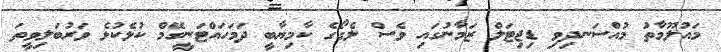
މައުލޫމާތު މުއްސަނދިވި ޑިޖިޓަލް ޒަމާނުގައި ވެސް ލެގޯގެ ކާމިޔާބީ ދަމަހައްޓަނީގޭމް ކުޅެކުޅެ ވަރުބަލިވީތަ